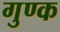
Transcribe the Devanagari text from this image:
गुण्क